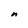
Character: n